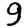
Digit: 9